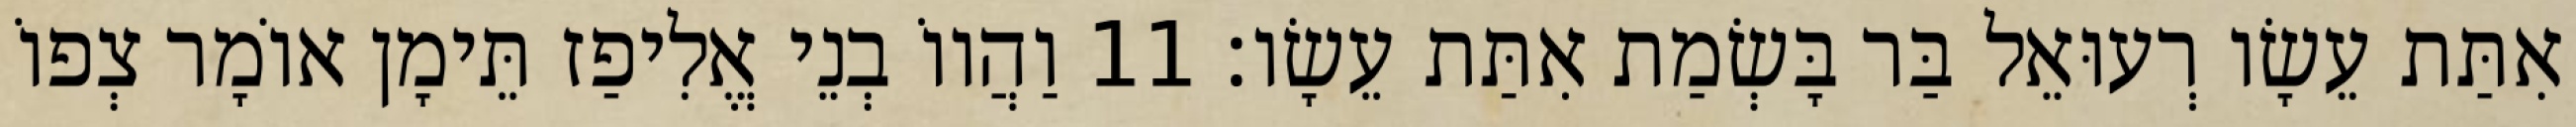
אִתַּת עֵשָׂו רְעוּאֵל בַּר בָּשְׂמַת אִתַּת עֵשָׂו׃ 11 וַהֲווֹ בְנֵי אֱלִיפַז תֵּימָן אוֹמָר צְפוֹ